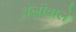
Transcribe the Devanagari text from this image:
थैलीवाले